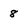
Character: 8